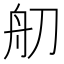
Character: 舠